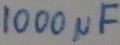
Text: 100µF